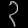
Digit: ၃